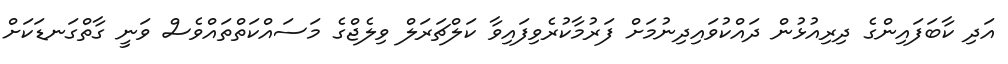
އަދި ކާބަފައިންގެ ދިރިއުޅުން ދައްކުވައިދިނުމަށް ފަރުމާކުރެވިފައިވާ ކަލްޗަރަލް ވިލެޖްގެ މަސައްކަތްތައްވެސް ވަނީ ގާތްގަނޑަކަށް